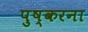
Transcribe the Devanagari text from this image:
पुष्करना